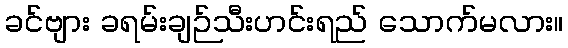
ခင်ဗျား ခရမ်းချဉ်သီးဟင်းရည် သောက်မလား။